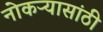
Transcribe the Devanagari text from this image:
नोकऱ्यासांठी